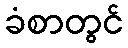
ခံစာတွင်